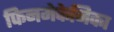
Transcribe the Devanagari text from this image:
फिनमेकेनिका